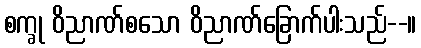
စက္ခု ဝိညာဏ်စသော ဝိညာဏ်ခြောက်ပါးသည်--။